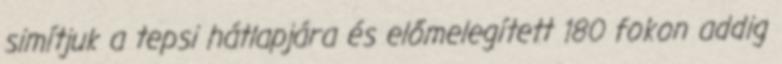
simítjuk a tepsi hátlapjára és előmelegített 180 fokon addig